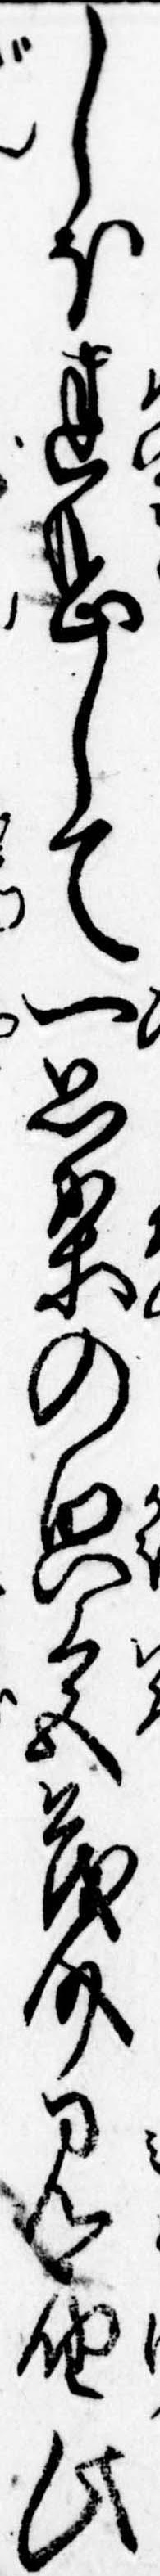
しほ迷惑して一思案の貌色茂介見届此